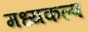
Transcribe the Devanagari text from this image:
मध्यकल्प